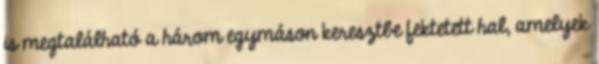
is megtalálható a három egymáson keresztbe fektetett hal, amelyek